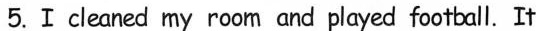
5.I cleaned my room and played football.It